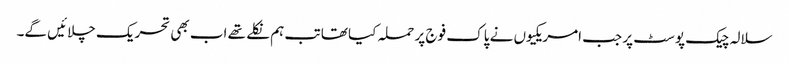
سلالہ چیک پوسٹ پر جب امریکیوں نے پاک فوج پر حملہ کیا تھا تب ہم نکلے تھے اب بھی تحریک چلائیں گے۔